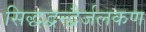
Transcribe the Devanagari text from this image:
सिद्धद्वन्द्वैर्जलकण